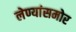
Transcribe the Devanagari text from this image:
लेण्यांसमोर